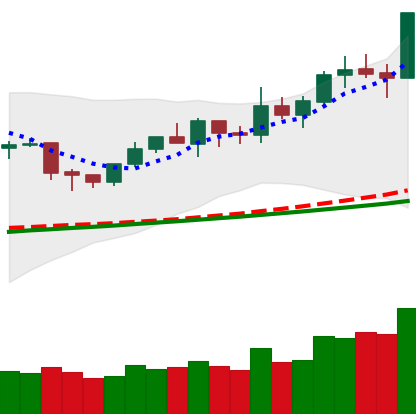
Ticker: NEO-USD
Chart end date: 2020-02-09
Forward return: 17.971%
Label: up_7plus